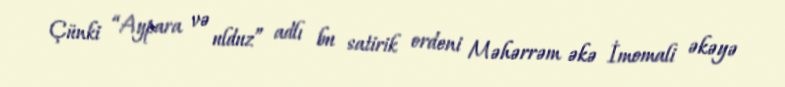
Çünki “Aypara və ulduz” adlı bu satirik ordeni Məhərrəm əkə İmomali əkəyə